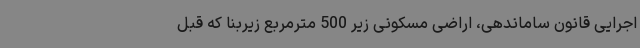
اجرایی قانون ساماندهی، اراضی مسکونی زیر 500 مترمربع زیربنا که قبل